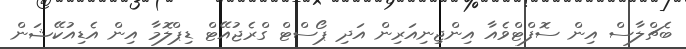
ބެޗްލާސް އިން ސޮފްޓްވެއާ އިންޖިނިއަރިން އަދި ޕޯސްޓް ގްރެޖުއޭޓް ޑިޕްލޮމާ އިން އެޑިއުކޭޝަން